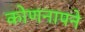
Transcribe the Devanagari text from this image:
कोणनापने